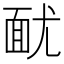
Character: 𩈊